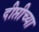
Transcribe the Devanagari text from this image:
दीप्तीच्या